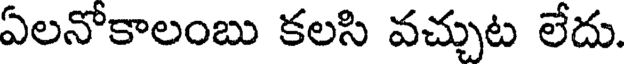
ఏలనోకాలంబు కలసి వచ్చుట లేదు.